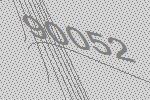
90052